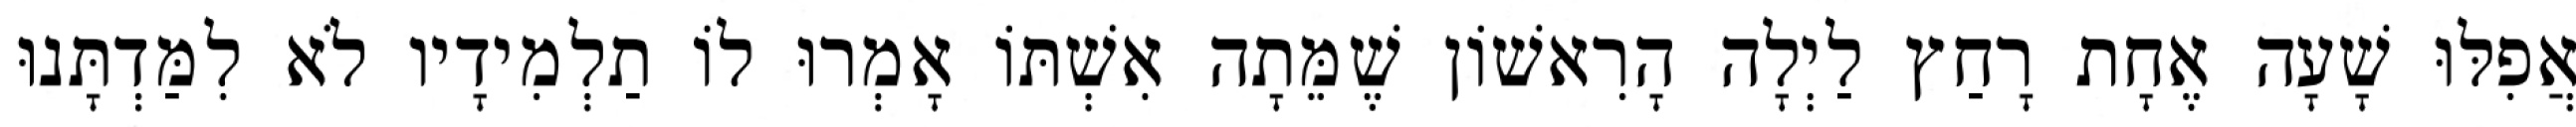
אֲפִלּוּ שָׁעָה אֶחָת רָחַץ לַיְלָה הָרִאשׁוֹן שֶׁמֵּתָה אִשְׁתּוֹ אָמְרוּ לוֹ תַלְמִידָיו לֹא לִמַּדְתָּנוּ